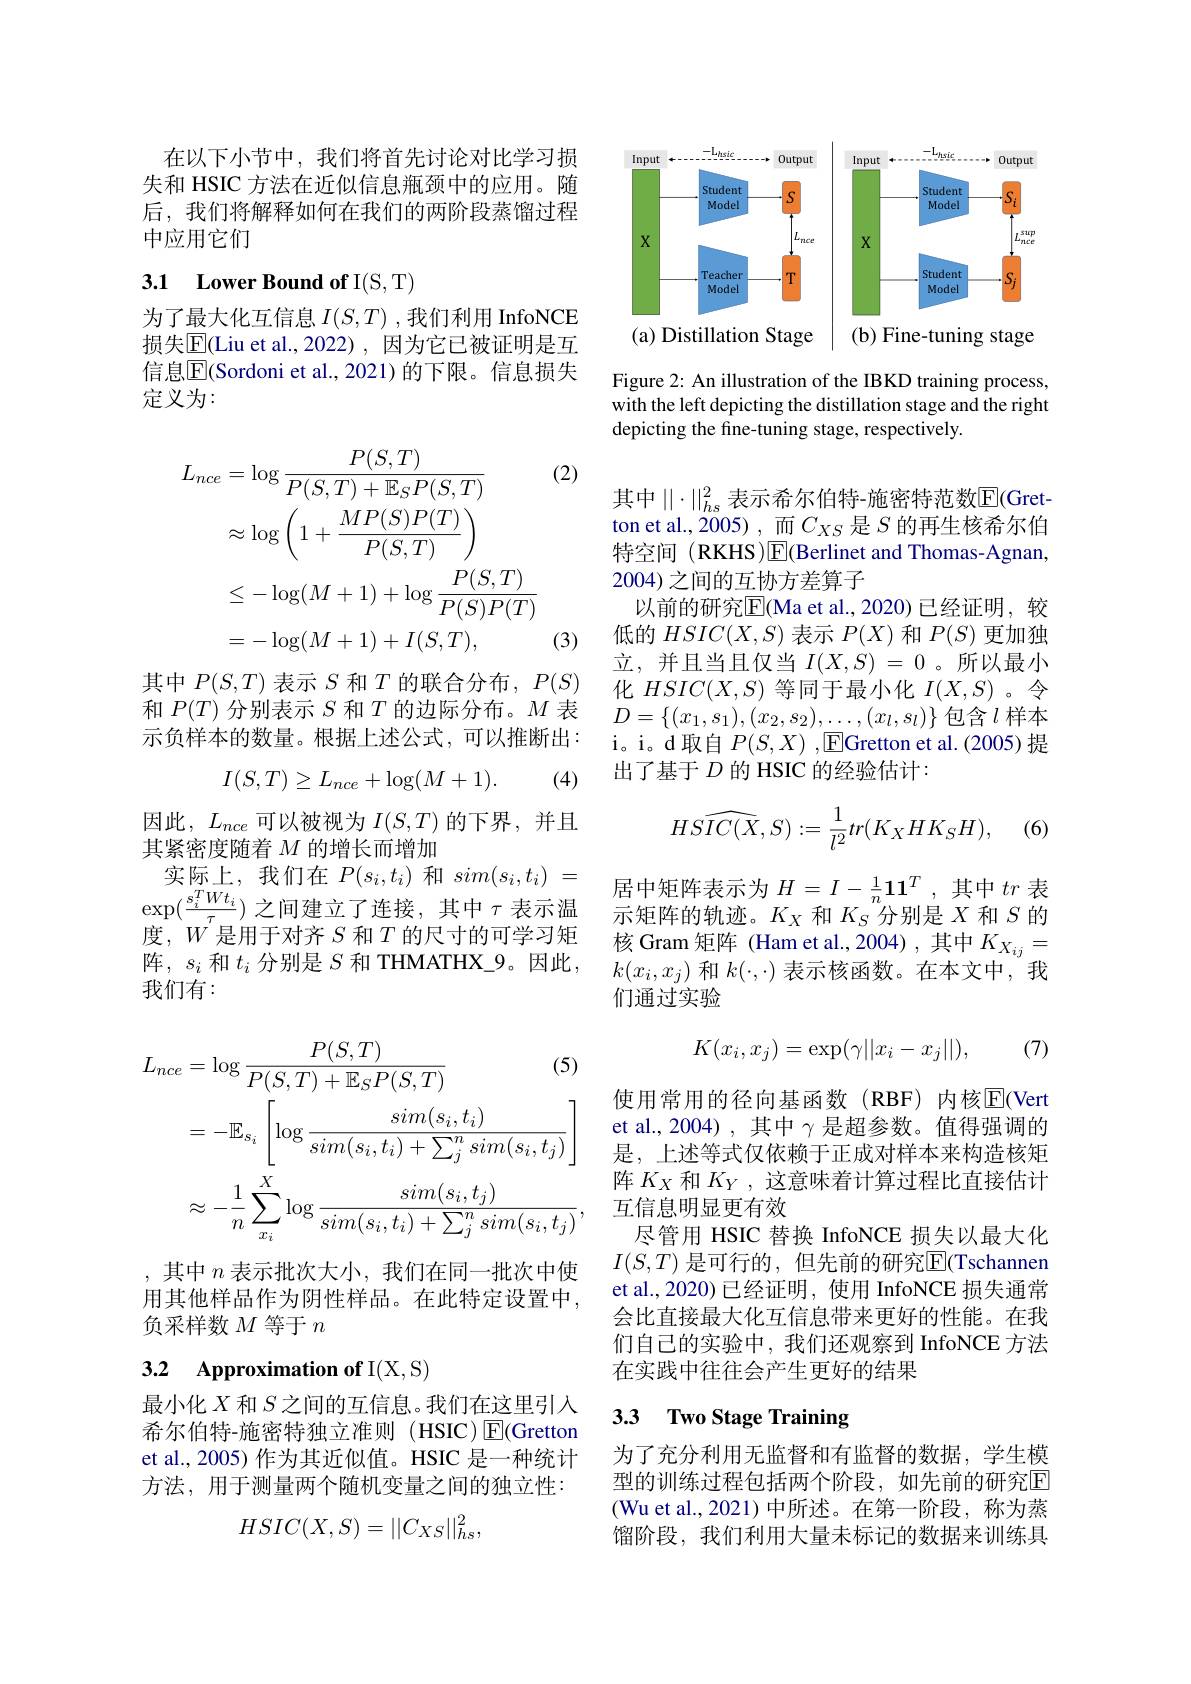
在以下小节中，我们将首先讨论对比学习损失和 HSIC 方法在近似信息瓶颈中的应用。随后，我们将解释如何在我们的两阶段蒸馏过程中应用它们

# 3.1 Lower Bound of I(S,T)

为了最大化互信息$I(S,T)$ ,我们利用 InfoNCE 损失$\overline{\mathrm{E}}($Liu et al.,2022),因为它已被证明是互信息$\overline{\mathrm{E}}($Sordoni et al., 2021)的下限。信息损失定义为：

(2)
$$\begin{aligned}L_{nce}&=\log\frac{P(S,T)}{P(S,T)+\mathbb{E}_{S}P(S,T)}\\&\approx\log\left(1+\frac{MP(S)P(T)}{P(S,T)}\right)\\&\leq-\log(M+1)+\log\frac{P(S,T)}{P(S)P(T)}\\&=-\log(M+1)+I(S,T),\end{aligned}$$
(3)

其中$P(S,T)$表示$S$和$T$的联合分布$,P(S)$ 和$P(T)$分别表示$S$和$T$的边际分布。$M$表示负样本的数量。根据上述公式，可以推断出：
$$I(S,T)\ge L_{nce}+\log(M+1).$$
(4)

因此$,L_nce$可以被视为 $I(S,T)$ 的下界，并且
其紧密度随着$M$的增长而增加
实际上，我们在$P(s_i,t_i)$ 和 $sim(s_i,t_i)=$ $\exp(\frac{s_{i}^{T}Wt_{i}}{\tau})$ 之间建立了连接，其中$\tau$表示温度，$W$是用于对齐$S$ 和$T$ 的尺寸的可学习矩阵，$s_i$和$t_i$分别是$S$和 THMATHX\_9。因此， 我们有：
$$\begin{aligned}L_{nce}&=\log\frac{P(S,T)}{P(S,T)+\mathbb{E}_{S}P(S,T)}\text{(5)}\\&=-\mathbb{E}_{s_{i}}\left[\log\frac{sim(s_{i},t_{i})}{sim(s_{i},t_{i})+\sum_{j}^{n}sim(s_{i},t_{j})}\right]\\&\approx-\frac{1}{n}\sum_{x_{i}}^{X}\log\frac{sim(s_{i},t_{j})}{sim(s_{i},t_{i})+\sum_{j}^{n}sim(s_{i},t_{j})},\end{aligned}$$
,其中$n$表示批次大小，我们在同一批次中使用其他样品作为阴性样品。在此特定设置中， 负采样数$M$等于$n$

# 3.2 Approximation of I(X,S)

最小化$X$和$S$之间的互信息。我们在这里引入希尔伯特-施密特独立准则 (HSIC) E(Gretton et al., 2005) 作为其近似值。HSIC 是一种统计方法，用于测量两个随机变量之间的独立性：
$$HSIC(X,S)=||C_{XS}||_{hs}^{2},$$
<FigureHere>

Figure 2: An illustration of the IBKD training process, with the left depicting the distillation stage and the right depicting the fine-tuning stage, respectively.

其中$\mid\mid\cdot\mid\mid_hs^2$表示希尔伯特-施密特范数$\mathbb{E}($Gretton et al., 2005) , 而$C_{XS}$是$S$的再生核希尔伯特空间 (RKHS)$\operatorname{E}($Berlinet and Thomas-Agnan, 2004)之间的互协方差算子
以前的研究$\overline{\mathrm{E}}($Ma et al.,2020)已经证明，较低的$HSIC(X,S)$表示$P(X)$和$P(S)$更加独立，并且当且仅当$I(X,S)=0$。所以最小化$HSIC(X,S)$等同于最小化$I(X,S)$。令$D=\left\{(x_{1},s_{1}),(x_{2},s_{2}),\ldots,(x_{l},s_{l})\right\}$包含$l$ 样本i。i。d取自$P(S,X)$ ,EGretton et al.(2005)提出了基于$D$的 HSIC 的经验估计：
$$\widehat{HSIC(X,S)}:=\frac{1}{l^2}tr(K_XHK_SH),$$
(6)

居中矩阵表示为$H=I-\frac1n\mathbf{11}^{T}$,其中$tr$ 表示矩阵的轨迹。$K_X$和$K_S$分别是$X$和$S$的核 Gram 矩阵 (Ham et al.,2004),其中$K_{X_{ij}}=$ $k(x_i,x_j)$和$k(\cdot,\cdot)$表示核函数。在本文中，“我们通过实验
$$K(x_i,x_j)=\exp(\gamma||x_i-x_j||),$$
(7)

使用常用的径向基函数(RBF)内核$\overline{\mathrm{E}}$(Vert et al., 2004) , 其中$\gamma$是超参数。值得强调的是，上述等式仅依赖于正成对样本来构造核矩阵$K_X$和$K_Y$,这意味着计算过程比直接估计互信息明显更有效
尽管用 HSIC 替换 InfoNCE 损失以最大化$I(S,T)$ 是可行的，但先前的研究$\overline{\mathbb{E}}($Tschannen et al., 2020) 已经证明，使用 InfoNCE 损失通常会比直接最大化互信息带来更好的性能。在我们自己的实验中，我们还观察到 InfoNCE 方法在实践中往往会产生更好的结果

## 3.3 $\textbf{Two Stage Training}$

为了充分利用无监督和有监督的数据，学生模型的训练过程包括两个阶段，如先前的研究$\boxed{\mathrm{E}}$ (Wu et al.,2021)中所述。在第一阶段，称为蒸馏阶段，我们利用大量未标记的数据来训练具